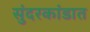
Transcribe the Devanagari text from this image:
सुंदरकांडात